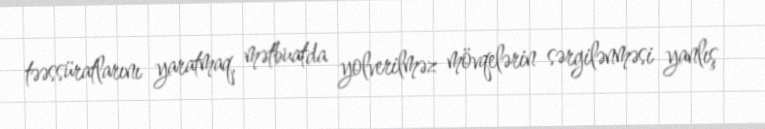
təəssüratlarını yaratmaq, mətbuatda yolverilməz mövqelərin sərgilənməsi yanlış